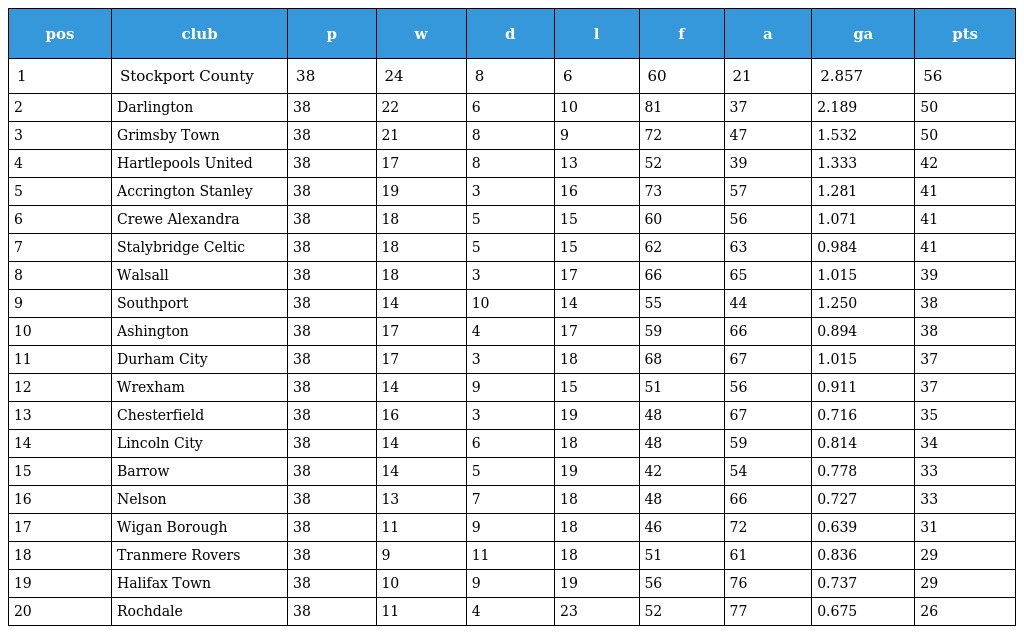
| pos | club | p | w | d | l | f | a | ga | pts |
 | --- | --- | --- | --- | --- | --- | --- | --- | --- | --- |
 | 1 | Stockport County | 38 | 24 | 8 | 6 | 60 | 21 | 2.857 | 56 |
 | 2 | Darlington | 38 | 22 | 6 | 10 | 81 | 37 | 2.189 | 50 |
 | 3 | Grimsby Town | 38 | 21 | 8 | 9 | 72 | 47 | 1.532 | 50 |
 | 4 | Hartlepools United | 38 | 17 | 8 | 13 | 52 | 39 | 1.333 | 42 |
 | 5 | Accrington Stanley | 38 | 19 | 3 | 16 | 73 | 57 | 1.281 | 41 |
 | 6 | Crewe Alexandra | 38 | 18 | 5 | 15 | 60 | 56 | 1.071 | 41 |
 | 7 | Stalybridge Celtic | 38 | 18 | 5 | 15 | 62 | 63 | 0.984 | 41 |
 | 8 | Walsall | 38 | 18 | 3 | 17 | 66 | 65 | 1.015 | 39 |
 | 9 | Southport | 38 | 14 | 10 | 14 | 55 | 44 | 1.250 | 38 |
 | 10 | Ashington | 38 | 17 | 4 | 17 | 59 | 66 | 0.894 | 38 |
 | 11 | Durham City | 38 | 17 | 3 | 18 | 68 | 67 | 1.015 | 37 |
 | 12 | Wrexham | 38 | 14 | 9 | 15 | 51 | 56 | 0.911 | 37 |
 | 13 | Chesterfield | 38 | 16 | 3 | 19 | 48 | 67 | 0.716 | 35 |
 | 14 | Lincoln City | 38 | 14 | 6 | 18 | 48 | 59 | 0.814 | 34 |
 | 15 | Barrow | 38 | 14 | 5 | 19 | 42 | 54 | 0.778 | 33 |
 | 16 | Nelson | 38 | 13 | 7 | 18 | 48 | 66 | 0.727 | 33 |
 | 17 | Wigan Borough | 38 | 11 | 9 | 18 | 46 | 72 | 0.639 | 31 |
 | 18 | Tranmere Rovers | 38 | 9 | 11 | 18 | 51 | 61 | 0.836 | 29 |
 | 19 | Halifax Town | 38 | 10 | 9 | 19 | 56 | 76 | 0.737 | 29 |
 | 20 | Rochdale | 38 | 11 | 4 | 23 | 52 | 77 | 0.675 | 26 |